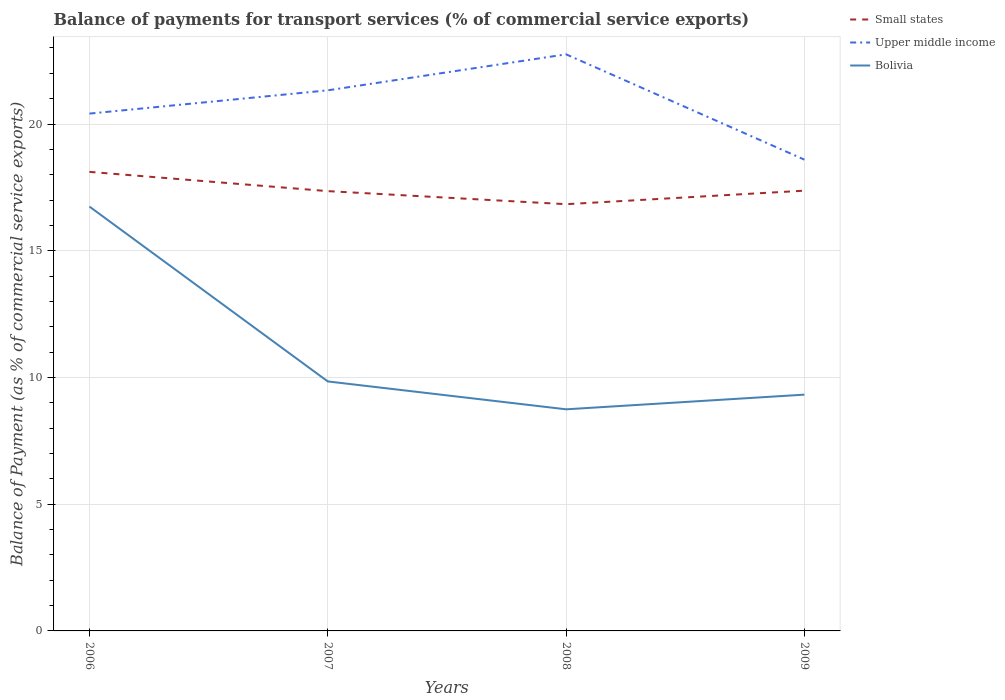
| Years | Small states | Upper middle income | Bolivia |
 | --- | --- | --- | --- |
 | 2006 | 18.1 | 20.4 | 16.7 |
 | 2007 | 17.4 | 21.3 | 9.84 |
 | 2008 | 16.8 | 22.8 | 8.74 |
 | 2009 | 17.4 | 18.6 | 9.32 |